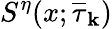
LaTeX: S^{\eta}(x;\overline{{\tau}}_{\mathbf k})